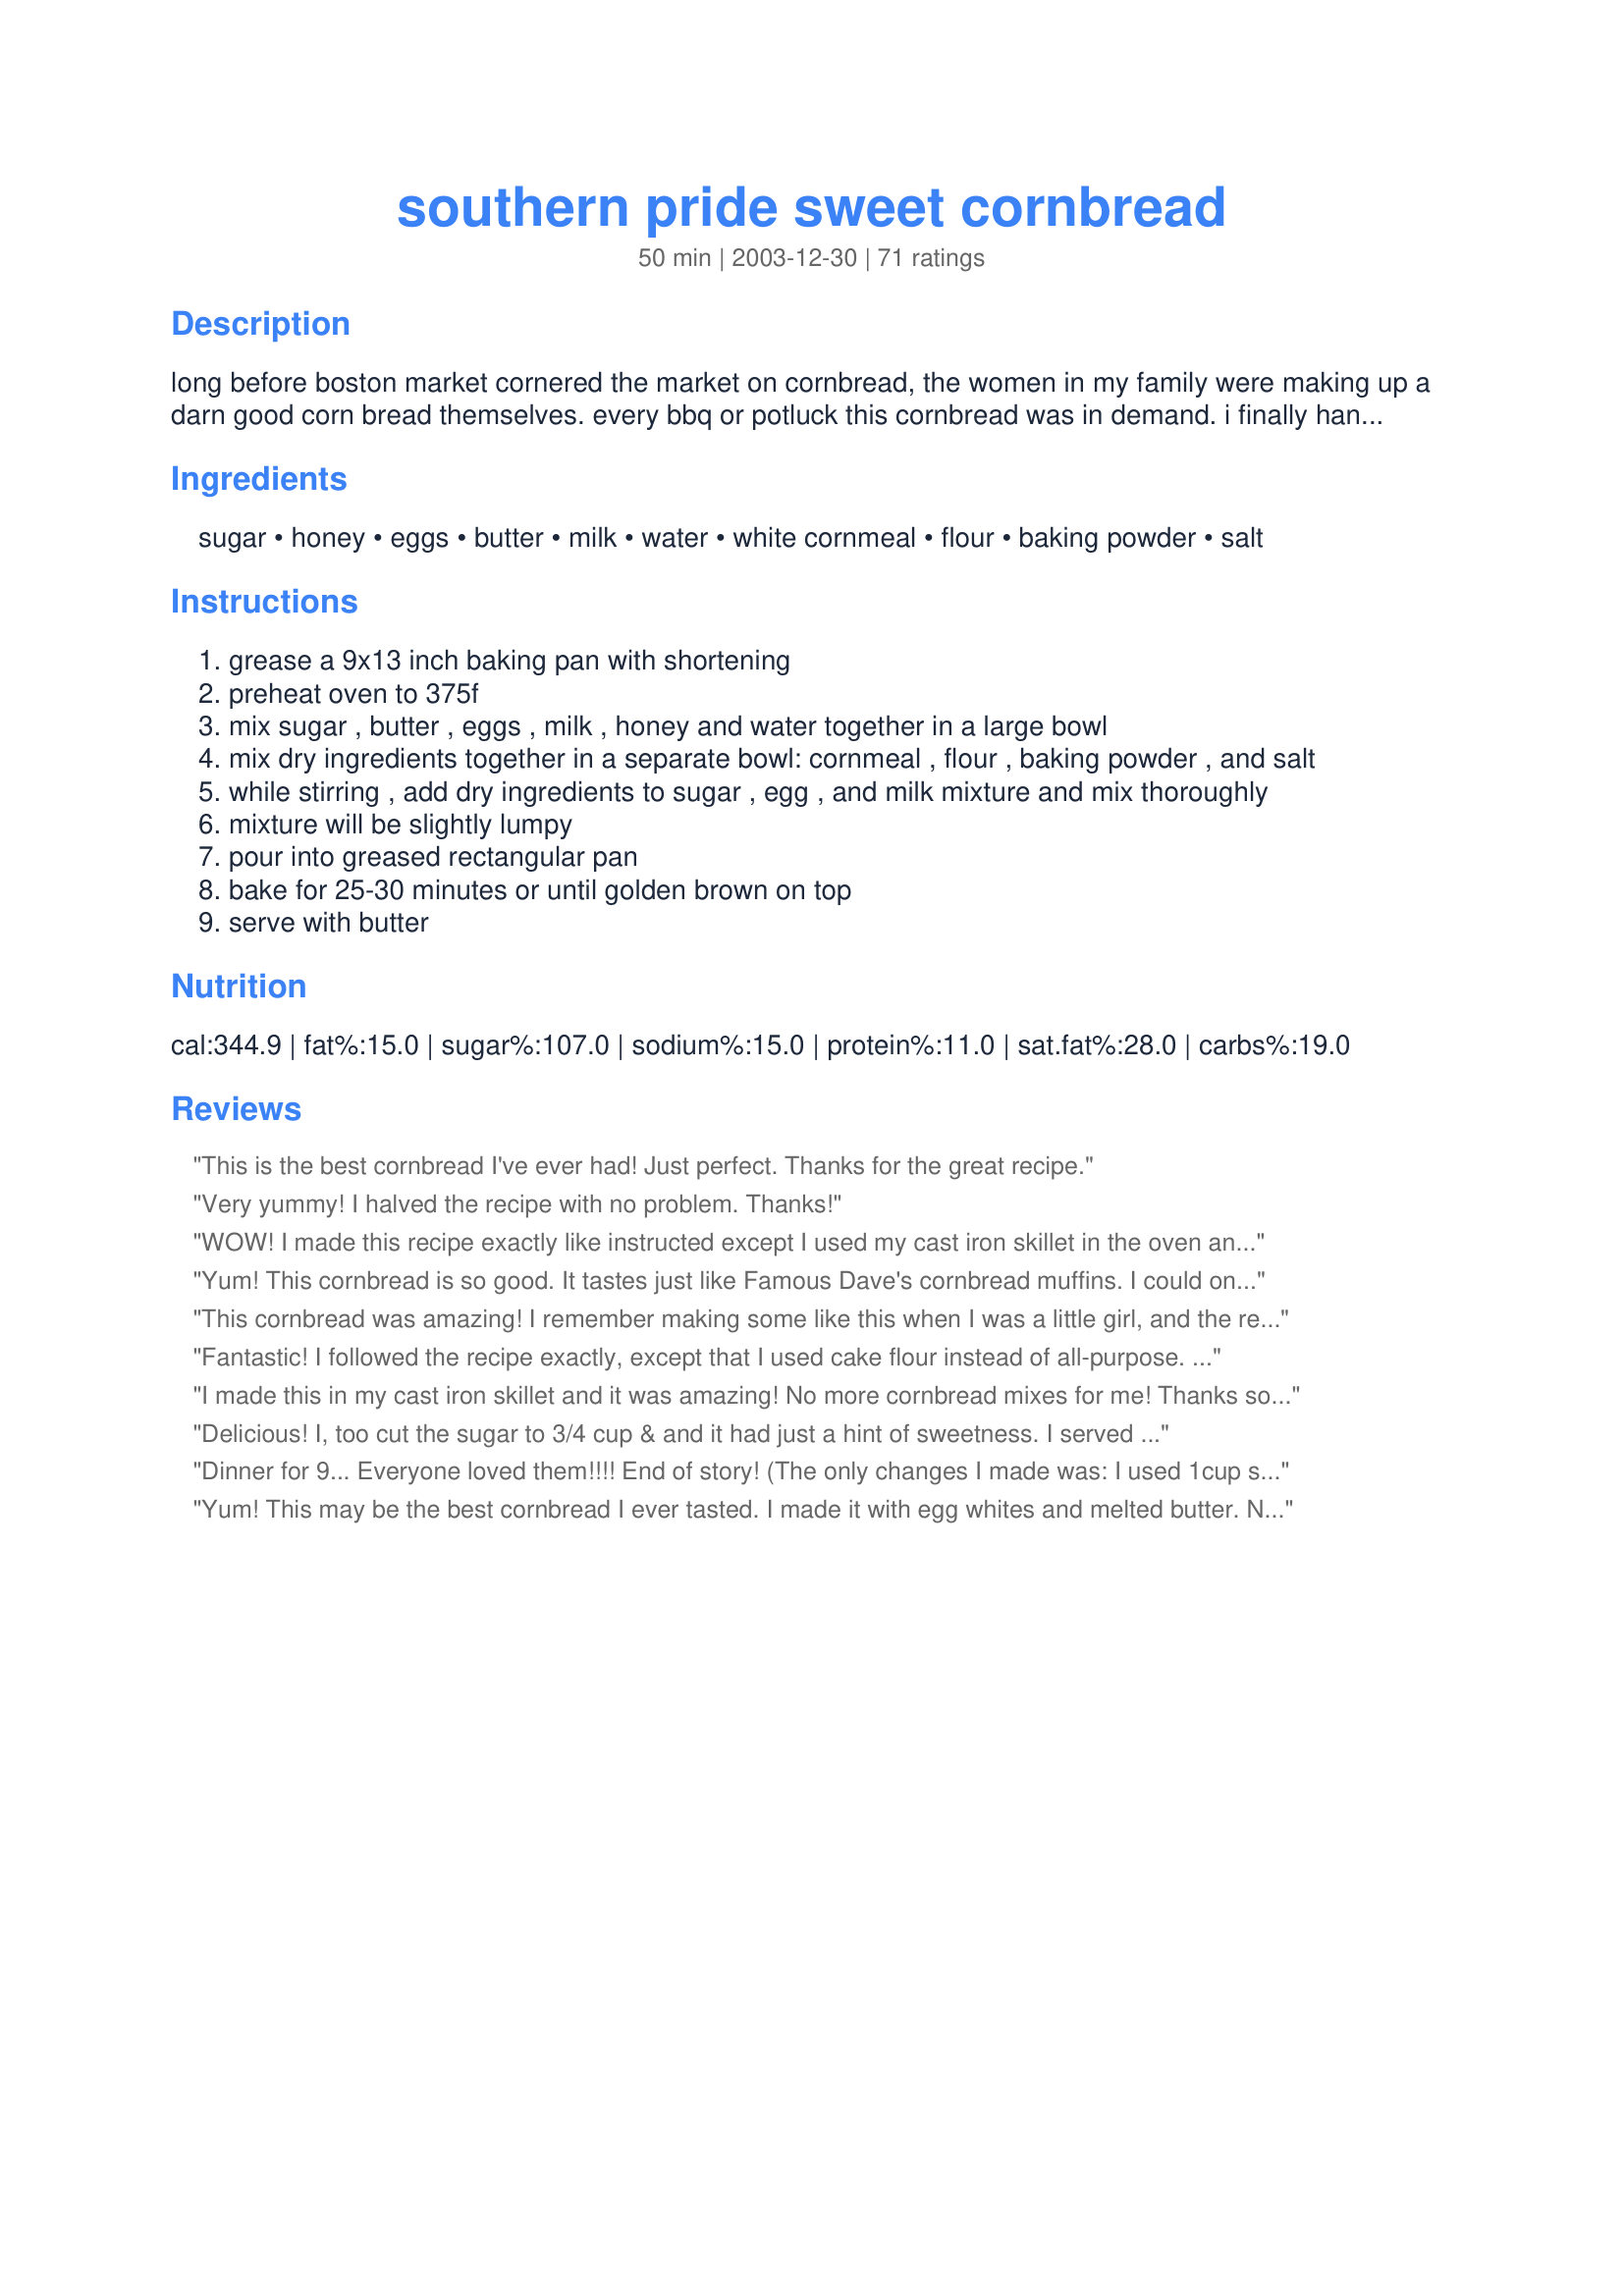
southern pride sweet cornbread
Preparation time: 50 minutes

long before boston market cornered the market on cornbread, the women in my family were making up a darn good corn bread themselves. every bbq or potluck this cornbread was in demand. i finally handed one of my aunties a measuring cup (you know they never measure anything) and learned how to make it. it really does resemble the taste of boston market, almost could be a dessert with that sweet taste of honey and some butter on top...

Ingredients:
sugar, honey, eggs, butter, milk, water, white cornmeal, flour, baking powder, salt

Steps:
grease a 9x13 inch baking pan with shortening
preheat oven to 375f
mix sugar , butter , eggs , milk , honey and water together in a large bowl
mix dry ingredients together in a separate bowl: cornmeal , flour , baking powder , and salt
while stirring , add dry ingredients to sugar , egg , and milk mixture and mix thoroughly
mixture will be slightly lumpy
pour into greased rectangular pan
bake for 25-30 minutes or until golden brown on top
serve with butter

Reviews:
This is the best cornbread I've ever had! Just perfect. Thanks for the great recipe.
Very yummy! I halved the recipe with no problem. Thanks!
WOW! I made this recipe exactly like instructed except I used my cast iron skillet in the oven and it turned out WONDERFUL.....a perfect sweetness and very very moist. This will definately be the recipe I use everytime I make my cornbread. Half the pan was gone last night at dinner, and I am still eating on it this morning! Thanks Dawn for this recipe.
Yum! This cornbread is so good. It tastes just like Famous Dave's cornbread muffins. I could only find yellow cornmeal, and I didn't feel the cornbread was too gritty at all. Also, when they were warm out of the oven, I put some honey butter on the top, and it gave a little extra sweetness. Delicious!
This cornbread was amazing! I remember making some like this when I was a little girl, and the recipe got lost in a move..I have been searching for this recipe ever since. Thankyou so much, and tell your Auntie thankyou for me too!
Fantastic! I followed the recipe exactly, except that I used cake flour instead of all-purpose. This lowered the gluten content and allowed for a lighter texture. None of us could get enough!
I made this in my cast iron skillet and it was amazing! No more cornbread mixes for me! Thanks so much!
Delicious! I, too cut the sugar to 3/4 cup & and it had just a hint of sweetness. I served it with a big bowl of chili. Great meal for the first cool day of fall. Thanks!
Dinner for 9... Everyone loved them!!!! End of story!
(The only changes I made was: I used 1cup sugar instead of 1 1/4cups and put them in muffin tins and baked for 15 minutes.)
Yum! This may be the best cornbread I ever tasted. I made it with egg whites and melted butter. Next time I think I will try to make it with soft butter as suggested and whole eggs to see if it gets even better. The cornbread is very sweet, but I like it and did not modify the sweetness. I did add a bit of cinnamon to the top. Thanks for the great recipe!!
Served this with bean soup. It was moist, sweet and very good. 
The ingredient list does not state how many eggs. I used 2. The directions doesn't say when to add honey. I added it with the wet ingredients.
This is a really wonderful cornbread recipe. My family really enjoyed this with chili!
Wow! These are so delicious -- and they came out nice and moist, not dry like a lot of other cornbread recipes I've tried. They cut into squares nicely too, not a lot of crumbs all over. The whole family loved this cornbread. I'll definitely be making it again!
amazing. so moist. i have found our new cornbread recipe. thanks so much!
This cornbread was fantastic. The only change I made was to reduce the sugar to 3/4 cup and they were still plenty sweet. The kids loved them, too, and I will be making this again. Update: I have made this numerous times now and have found that it is just as good with only 1/2 c sugar and 1/4 c butter with 1/4 c applesauce to substitute for the other 1/4 c of butter. Just thought I would share a way to make this wonderful cornbread a tad healthier.
I made these into muffins to go along with some jambalaya and they were reeeeally good. They held together nicely and were good and moist. I used buttermilk and subbed a can of cream corn for the water. The batter seemed awfully thick so I went ahead and added a few tablespoons of water to it. I also cut the sugar to 3/4 cup and they were still plenty sweet for me. I looooove cornbread and man is it awesome straight out of the oven with some melted butter :)
This was great! I used it as a side to Gumbo. The sweetness was just right with the spicy of Cajun Gumbo! I used three eggs. Again, it turned out great!
I&#039;m a *big* fan of extra sweet cornbreads, and I also cut the sugar down and it was too sweet. But because it doesn&#039;t have enough cornmeal in it, it doesn&#039;t really have anywhere near a normal cornbread consistency. It was more to me like a failed cake that turned out flat and slightly rubbery - more like a polenta cake, rather than a cornbread. I wouldn&#039;t make this again. :(
I used this for my daughter's final in school - Aced it! :) My husband and kids enjoyed it. I LOVED IT because it's a recipe that I did not have to buy anything extra, I had all at home... Next time I make it there will be chili beans to enjoy it with... Jiffy is not coming in my house anymore... LOL
Thanks for the post!
Not 'Southern', how can it be when compared to 'Boston' Market. And southern cornbread has been around mucho longer than ye ol' 'Boston Market'. 

Not to mention, way tooooo sweet for southern.
I just made this cornbread to go with shrimp creole. This is delicious cornbread! Not too sweet, just right in my opinion!
I used yellow corn meal and did not find it gritty at all..I omitted 1/2 cup sugar and added another 1/4 cup honey..
i don't know boston market, but when I was a kid (in NY) my family would pay to have our relatives in Colorado ship us a case of Marie Calanders cornbread mix. This is the closest i have found! I made it once with white cornmeal per the directions and um yummy it waslike cake. Today I made it with ground organic corn meal, alittle less than a cup of succanut,and 4 T of oil (b/c i was out of butter!) Its not out of the oven yet, but I am sure it will be delish!
I am giving 5 stars because it is the perfect texture and moistness for me, I prefer my cornbread a little sweet but I thought this my be too sweet for me so I cut the sugar to 1 cup and no honey and I used buttermilk in place of the milk and water and I love it, everything else I followed exactly. I will continue to make this from now on, thanks!
this is the BEST cornbread i ever ate and it is my new permanent cornbread recipe and everyone in my family just thinks I'm miss Betty Crocker now!!!
Very very good cornbread. I made it with dinner tonight, and my husband even had a third piece of it as dessert. I was also confused about the the number of eggs... and since some made it without the egg and others with two, I used one egg. It turned out fabulous. It was delicious and I will make this again. I also had a corn meal mix in my pantry... so I used 4 cups of it instead of the flour and ommitted the baking powder and salt since it was already in the mix.
I enjoyed my version of this modified as follows:
1/2 c honey
1/4 c sugar
3 T butter
1 small can corn
2 green onions, chopped.
Otherwise I left everything the same and it turned out great. It was nice and moist and didn't over-brown on the bottom or top like so many other recipes.In the future I might dice green pimento-stuffed olives and/or caramelized onion and/or bacon (and replace the butter with bacon fat
I wanted it sweet-but-not-too-sweet since the people I'm serving it to are eager to minimize the sugar in their lives.
I made this recipe today for a chili cook-off. I chose it because it made a lot - a 9x13 pan instead of an 8x8. What a treat - the first person who tasted it said it was the BEST CORNBREAD she ever ate, then asked me to marry her! It really is delicious - sweet and cakelike in texture- and it makes a lot. Next time, I will probably try it in a 10x15 stoneware pan, since my only preference would be to have it thinner with more crust.
I like this recipe, but maybe next time I'll put in a teaspoon of cinnamon to make it a dessert!!
I made these into muffins last night and DD couldn't get enough of them. I served them with ribs and mac and cheese. We had honey to go on top, but didn't need it. Thank you for sharing this with us.
We like chunks of corn in our bread so I subbed a can of cream corn for the water and it came out perfect. Very moist and sweet, just the way we like it. Thanks!
Good cornbread! I made it to the letter of the recipe and the family loved it. We like a sweet cornbread and it is just dense enough for us. Thanks, Carole in Orlando
 I made this tonight to go along with chili. Served it with sweet butter and homemade jalapeno jelly. It was a big hit. It had a perfect amount of sweetness and, although I used yellow cornmeal, I didn't think it was too gritty at all. I'm still going to keep looking for a cornbread that's a little more moist, but this one is as close as I have ever gotten towards my goal. I also tried the suggestion another reviewer had--to cook it in a cast iron pan with cream on top. This worked out well for me. Although, I may have put too much cream in some areas because it made the bread split. The taste, however, was great. Thanks!
Watch out! You won't be able to stop eating this!! I could have eaten the whole pan allll by myself. Wow, it really was THAT good. As soon as it came out of the oven, I brushed it with some butter and sprinkled some sugar on top. I will be making this one again, and soon!
Thankyou, Dawn!
Delicious! Nice sweet taste!
What a great base recipe! The texture is perfect. However, it was much to sweet for my tastes, and I already cut back the sugar a bit. This is more like a dessert than a dinner side-dish. I will definitely be using this recipe again in the future, but with much less sugar. Thanks!
Hi I am from Australia and we Australians always want to make something great even better, i added 50ml of triple sec to the wet mix and after baking in a cake tin iced the "cake" with Blood orange conserve with a bit of whipped cream on the side it is lovely.
Kind Regards.

Jay from Australia.
This was very good cornbread. We loved the honey it. Thanks for posting.
I made this tonight and it was amazing! My 21 year old grandson is an expert on cornbread (his choice of dessert, ha) and he said it was the best ever! There ya go. 5 stars from us! This will be the only recipe I&#039;ll use from now on. Very moist, thick and sweet! I made the recipe exactly as posted (OK, maybe an extra squirt of honey), and baked in a 9x13 pan. Perfect! Thank you.
Wonderful cornbread and my family loved it! This is a great recipe for breakfast or dinner, especially BBQ! Consistency was moist but not crumbly and the crust it yummy!
I so much loved this.It is very tasty and after we ate it with chili,homemade chicken soup(instead of crackers)we still had a couple of pcs. left for cornbread and milk.Thank You Very Much.Colleen G.
My husband love this. I made it as listed for my very first cornbread from scratch attempt, and husband only likes "johnny cake" that's sweet. This is a really dense bread, but boy is it good. I think next batch I'll use 1C sugar though, cause it's almost too sweet. Nice and moist, very tasty.
We have tried many cornbread recipes and always seem disappointed. This recipe is a KEEPER! YUM YUM! I was leary about the large amount of salt and baking powder and about the lumps in the batter after mixing. BUT, everything worked out beautifully! I made 22 muffins, cooked for 13 minutes at 375. We used a course ground yellow cornmeal. This is fantastic! Thank you!
This is fantastic! I am constantly trying new cornbread recipes all the time, and I must say that this is up there with all the greats!
Very, very good! It was a big hit with supper tonight. Made yellow rice and chicken and at the last minute hopped on Zaar to find a corn bread recipe for supper. Super simple to make (the egg thing threw me off too since it does not mention it in the ingredient list, but since another review said she didn't use eggs and it turned out fine I did the same). DH and I both liked the texture and the flavor. He is more of a corn bread fan than I, but we were both going back for leftovers after supper was done. Trust me, for ME to have more than one piece must mean this is great!
Great! Used 3/4 cup of sugar and they were perfect! Also, used half white corn meal and half yellow. Thanks!
Another great recipe, Dawn! Thanks for sharing. We had it with a chicken recipe today, but I can't wait to fix it with ham 'n beans.
My daughter made this the other night with dinner. It was A-Maize-Ing. It was very good with milk on it as an after dinner "dessert"
Family loved it. easy to make and stores well. TY
Well....it doesn&#039;t get any stars for being healthy...but the deliciousness makes up for it. Make just as written and you won&#039;t be dissappointed. Thanks for the great recipe Dawn
Makes you wanna throw rocks at Boston Market's. Great cornbread.
Sweet and tasty, but as the previous reviewer wrote it was a little dense for my taste. Thanks for sharing.
This was the best cornbread I've made so far. It's still not quite as good as Boston Market, but it does resemble it's flavor.
I was looking for a sweet cornbread recipe to take to work to go with our chili for our chili cook-off. I printed this up in a hurry and began to prepare the recipe the night before. I kept thinking I was missing something when I noticed there was no egg mentioned. I was a little worried but made the recipe as written. It came out perfect. Sweet and moist and not crumbly. I didn't win the cook-off but the corn bread was a big hit. You made me look good! Thanks!
This was alot more dense than I was accustomed too, but it was the perfect cornbread to serve with chili. I also made a tasty honey butter to go with it.
My husband (the corn bread connoisseur) has declared this to be at least a five star recipe!
 I myself am not a cornbread girl and my experiences were of the Jiffy variety during my childhood but I have to admit that this was some yummy cornbread for sure. I followed this recipe exactly, and have been requested to make this often in the future.
Thanks Dawn, my husband is a happy fella!
This was all right. Not really anyting spectacular, in my opinion
Perfect! I have been trying corn bread recipes for long as I've been cooking and thank you for sharing this recipe because I don't have to try any other recipe again. The only thing I did a little different was use half and half instead of milk and used 3/4 cup of sugar. I wonder about adding some corn next time, too...
This cornbread was Excellent! Thanks for the recipe!
Yum Yum Yum!!!!! This recipe is so darn good we couldn't leave it alone! It looked henpecked by the next morning after dinner. We were all taking our turns taking chunks out of the pan. So good even plain! I loved the addition of the honey and the sweetness it brought to the table. I would suggest you try this one everybody! Thanks!
Dawn, my gosh that was good cornbread. I just made a pan for supper to have with some collards, and it went along perfectly. I followed the recipe to the letter and after 30 minutes is was still just a wee bit doughy in the center, but other than that, absolutely flawless. Thanks for taking the time to get this recipe put together and posted.
Oh wow, this is really good cornbread. My family doesn't care for traditional cornbread that is dry and crumbly, but this is outstanding. I made a double batch, and it got rave reviews from everyone who ate it. I followed the recipe to the letter and it was perfect. Thanks!
Very good - nice and moist with just a touch of sweetness. I used another reviewer's suggestion and subbed cream corn for the water.
Completely perfect. I baked for 35 minutes though, and used 1c sugar and added a few extra Tbsp honey. I could have just used less sugar and it would have been fine. Very much like the cornbread I remember my mom making. Thank you for this wonderful recipe.
Tried this today for Thanksgiving and it was awesome. I've been making the Bisquick Cornbread #82830 and this one is a tad bit better b/c it has the same sweet taste but is not as cakelike. It requires a little more work but I'll add this one to my cornbread recipes. The only glitch I ran into was that it didn't tell how many eggs to use so I had to read the reviews to see if the other reviewers improvised and I saw two. One followed the ingredients as shown and another added two eggs. I added the two eggs because I had so many on hand. Perfect!Thanks for sharing.
If the way you live life is like this cornbread recipe, I'm in love!??
I'm giving this 4 stars because it was tooooo sweet for me, but the BH enjoyed it. The consistancy was very nice & it was easy to make. The top had a nice crispy crust & the bottom wasn't too flaky. Think I'll cut back on the sugar next time and add a bit of fresh corn.
Dawn this is the BEST recipe for cornbread I have ever made! I did use about 3/4 cup of sugar and 1/2 a cup of honey, but otherwise no changes were made. I served it with black bean chili. I did make honey cinnamon butter to go with it, but it was awesome even alone. This is definitely my go-to recipe from now on! Many thanks :)
I now have found a sweet cornbread without buying jiffy ;)
This is really good :)
Thanks for posting
WOW. Very great cornbread! Could definitely be dessert--next time I'm going to do what chef #540346 reccommended and reduce sugar to 3/4 c. to serve with dinner. WAAAY better than Jiffy, and that has been my "go-to" for so long, because I could never find a "from scratch" that could beat it. Also, real easy to half the recipe for a smaller amount. Thanks for forcing your family to measure for you!!
This turned out better than expected (not too sweet for us). I made this to go with fried chicken and potatoes, and it was a hit. I'm not a cornbread fan, but I liked this cornbread. Very moist.
